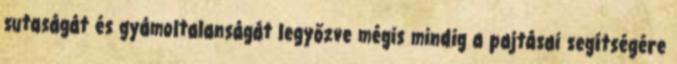
sutaságát és gyámoltalanságát legyőzve mégis mindig a pajtásai segítségére